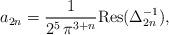
LaTeX: \begin{align*} a_{2n} = \frac{1}{2^5\, \pi^{3+n}} \textnormal{Res}(\Delta_{2n}^{-1}),\end{align*}